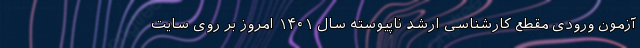
آزمون ورودی مقطع کارشناسی ارشد ناپیوسته سال ۱۴۰۱ امروز بر روی سایت